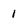
Character: 1